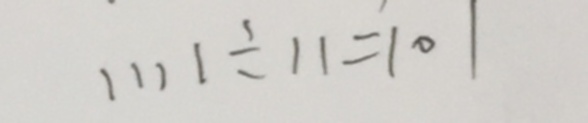
1 1 1 1 \div 1 1 = 1 0 1